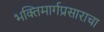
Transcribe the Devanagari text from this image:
भक्तिमार्गप्रसाराचा